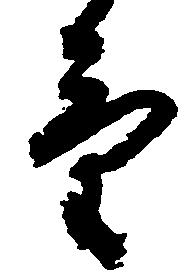
け